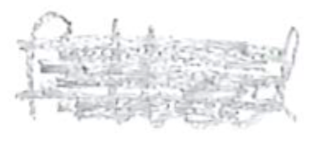
Text: fitted
Cross-out: mix
Writing tool: pencil